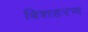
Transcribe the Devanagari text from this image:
बिशहरण